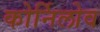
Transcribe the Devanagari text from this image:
कोर्निलोव